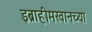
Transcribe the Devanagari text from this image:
इब्राहीमखानच्या